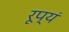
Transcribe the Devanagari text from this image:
रूप्यं